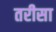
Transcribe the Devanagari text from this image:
तरीसा